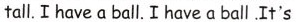
tail. I have a ball. I have a ball .It's